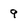
Character: 9